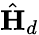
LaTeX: \hat{{\mathbf{H}}}_{d}